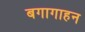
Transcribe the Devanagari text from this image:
बगागाहन